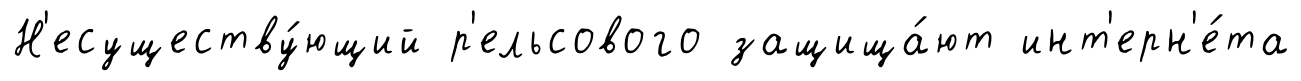
Н'есуществу́ющий р'ельсового защища́ют инт'ерн'е́та